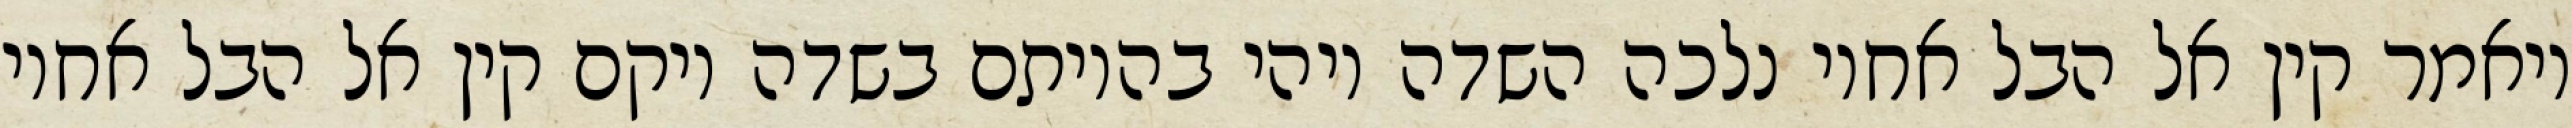
ויאמר קין אל הבל אחיו נלכה השדה ויהי בהיותם בשדה ויקם קין אל הבל אחיו